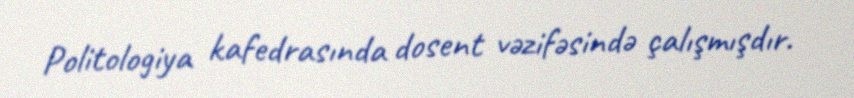
Politologiya kafedrasında dosent vəzifəsində çalışmışdır.